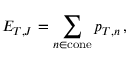
E _ { T , J } = \sum _ { n \in \mathrm { c o n e } } p _ { T , n } \, ,